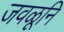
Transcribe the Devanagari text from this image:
जवळूनि